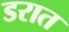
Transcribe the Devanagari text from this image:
डरात